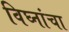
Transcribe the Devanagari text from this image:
विघ्नांचा